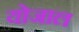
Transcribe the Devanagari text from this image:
योजाल